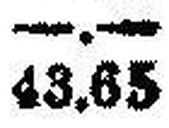
43.65